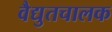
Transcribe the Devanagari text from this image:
वैद्युतचालक